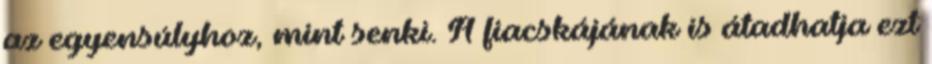
az egyensúlyhoz, mint senki. A fiacskájának is átadhatja ezt